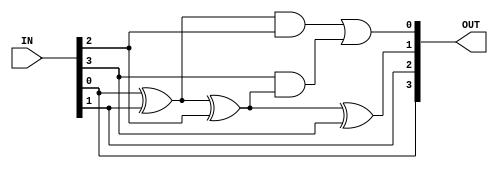
`timescale 1ns / 1ps
module CAS(
	input [3:0] IN,
	output [3:0] OUT
	);
	wire A = IN[0] ^ IN[1];
	assign OUT[0] = ( A & IN[2] ) | ( IN[3] & ( A ^ IN[2] ) );
	assign OUT[1] = A ^ IN[2] ^ IN[3];
	assign OUT[2] = IN[1];
	assign OUT[3] = IN[0];
endmodule